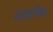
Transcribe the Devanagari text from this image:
पतंजलिंच्या